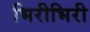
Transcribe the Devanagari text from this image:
भिरीभिरी